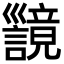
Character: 𫶪